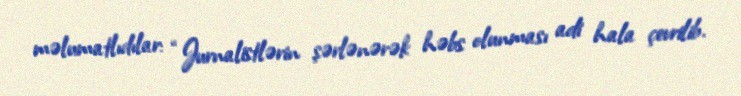
məlumatlıdılar: “Jurnalistlərin şərlənərək həbs olunması adi hala çevrilib.